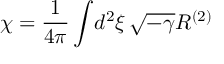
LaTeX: \chi = { \frac { 1 } { 4 \pi } } \int \! d ^ { 2 } \xi \, \sqrt { - \gamma } R ^ { ( 2 ) }